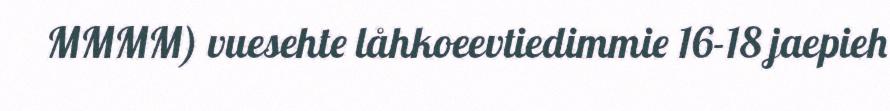
MMMM) vuesehte låhkoeevtiedimmie 16-18 jaepieh